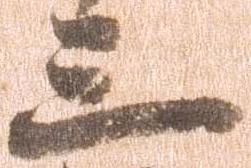
三